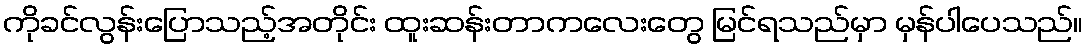
ကိုခင်လွန်းပြောသည့်အတိုင်း ထူးဆန်းတာကလေးတွေ မြင်ရသည်မှာ မှန်ပါပေသည်။